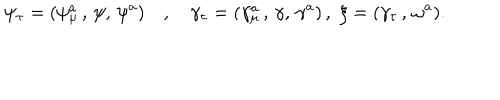
\psi _ { \tau } = ( \psi _ { \mu } ^ { a } \, , \, \psi , \, \psi ^ { a } ) \quad , \quad \gamma _ { \tau } = ( \gamma _ { \mu } ^ { a } \, , \, \gamma , \, \gamma ^ { a } ) \, , \, \, \xi = ( \gamma _ { \tau } \, , \, \omega ^ { a } ) .